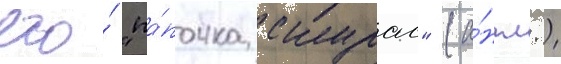
его́ "па́почка скурас" (а́нгл.)